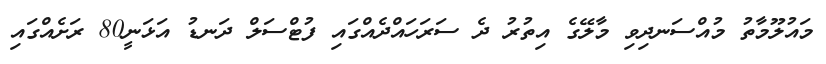
މައުލޫމާތު މުއްސަނދިވި މާލޭގެ އިތުރު ދެ ސަރަހައްދެއްގައި ފުޓްސަލް ދަނޑު އަޅަނީ80 ރަށެއްގައި